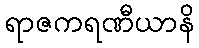
ရာဇကရဏီယာနိ